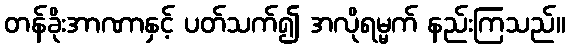
တန်ခိုးအာဏာနှင့် ပတ်သက်၍ အလိုရမ္မက် နည်းကြသည်။